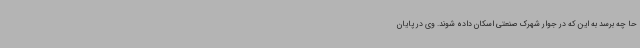
حا چه برسد به این که در جوار شهرک صنعتی اسکان داده شوند. وی در پایان